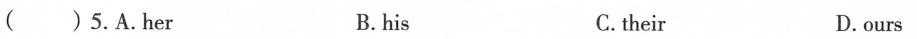
( ) 5.A.Her B. his C. their D.ours